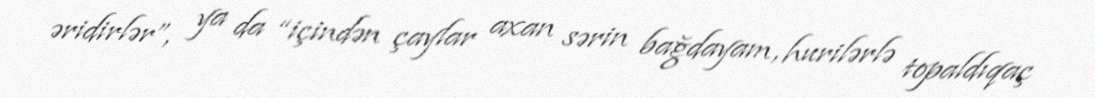
əridirlər”, ya da “içindən çaylar axan sərin bağdayam, hurilərlə topaldıqaç